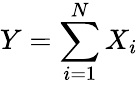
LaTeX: Y=\sum_{i=1}^{N}X_{i}